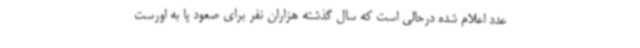
عدد اعلام شده درحالی است که سال گذشته هزاران نفر برای صعود پا به اورست